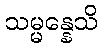
သမ္မန္နေသိ